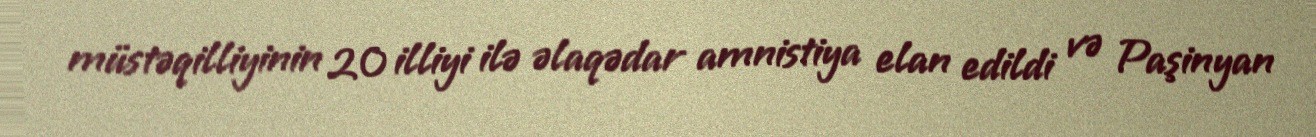
müstəqilliyinin 20 illiyi ilə əlaqədar amnistiya elan edildi və Paşinyan